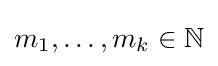
m_{1},\dots ,m_{k}\in \mathbb {N}